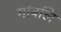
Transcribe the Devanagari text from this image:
गोबलि